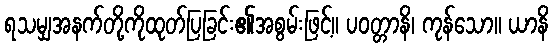
ရသမျှအနက်တို့ကိုထုတ်ပြခြင်း၏အစွမ်းဖြင့်။ ပဝတ္တာနိ၊ ကုန်သော။ ယာနိ